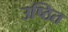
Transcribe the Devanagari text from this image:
उष्ठित